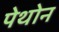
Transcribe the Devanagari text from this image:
पेथोन